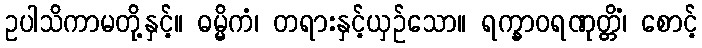
ဥပါသိကာမတို့နှင့်။ ဓမ္မိကံ၊ တရားနှင့်ယှဉ်သော။ ရက္ခာဝရဏုတ္တိံ၊ စောင့်